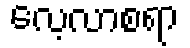
လေ့လာစရာ